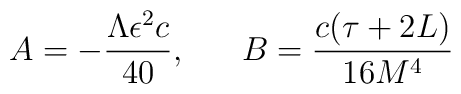
A = - \frac{\Lambda \epsilon^2 c}{40},~~~~~ B = \frac{c(\tau +2L)}{16 M^4}